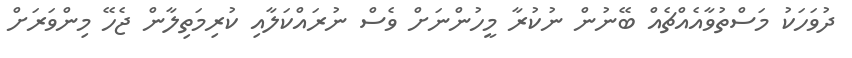
ދުވަހަކު މަސްތުވާއެއްޗެއް ބޭނުން ނުކުރާ މީހުންނަށް ވެސް ނުރައްކަލާއި ކުރިމަތިލާން ޖެހޭ މިންވަރަށް